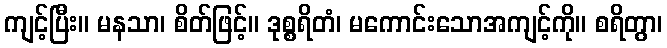
ကျင့်ပြီး။ မနသာ၊ စိတ်ဖြင့်။ ဒုစ္စရိတံ၊ မကောင်းသောအကျင့်ကို။ စရိတွာ၊